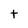
Character: t